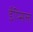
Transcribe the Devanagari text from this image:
ईप्सिल